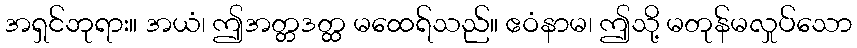
အရှင်ဘုရား။ အယံ၊ ဤအတ္တဒတ္ထ မထေရ်သည်။ ဧဝံနာမ၊ ဤသို့ မတုန်မလှုပ်သော